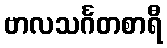
ဗာလသင်္ဂတစာရီ